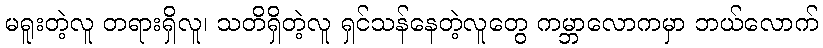
မရူးတဲ့လူ တရားရှိလူ၊ သတိရှိတဲ့လူ ရှင်သန်နေတဲ့လူတွေ ကမ္ဘာလောကမှာ ဘယ်လောက်